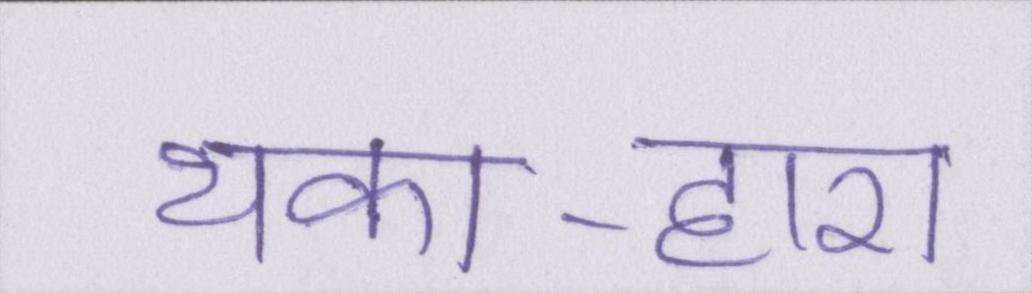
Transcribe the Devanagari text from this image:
थका-हारा